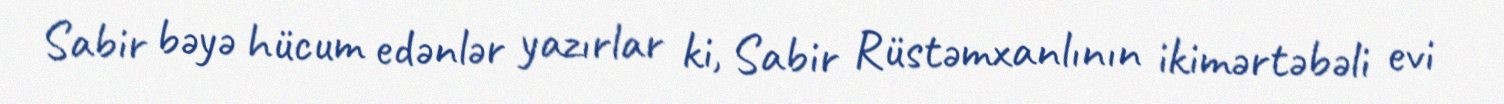
Sabir bəyə hücum edənlər yazırlar ki, Sabir Rüstəmxanlının ikimərtəbəli evi